Indian journal of veterinary science and animal husbandry - Volume 8,
Year: 1938
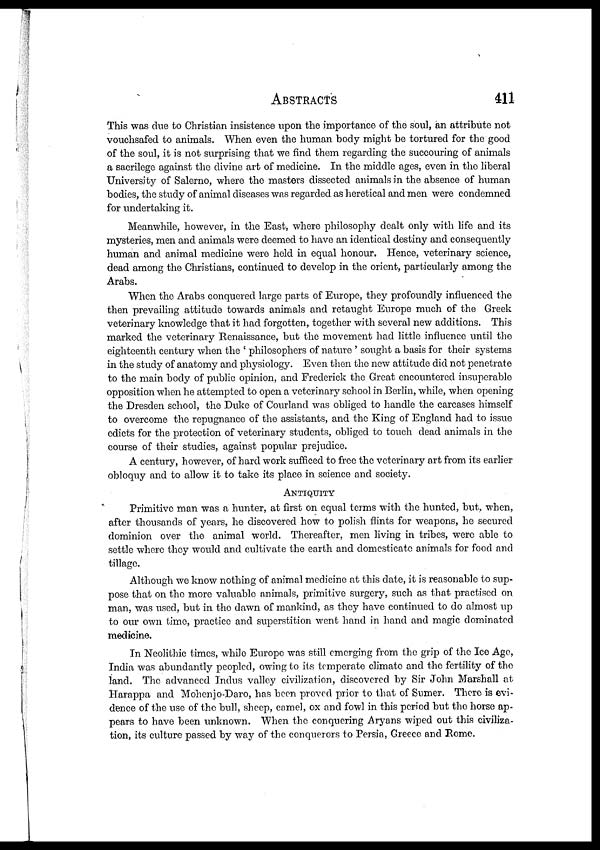
ABSTRACTS 411
This was due to Christian insistence upon the importance of the soul, an attribute not
vouchsafed to animals. When even the human body might be tortured for the good
of the soul, it is not surprising that we find them regarding the succouring of animals
a sacrilege against the divine art of medicine. In the middle ages, even in the liberal
University of Salerno, where the masters dissected animals in the absence of human
bodies, the study of animal diseases was regarded as heretical and men were condemned
for undertaking it.
Meanwhile, however, in the East, where philosophy dealt only with life and its
mysteries, men and animals were deemed to have an identical destiny and consequently
human and animal medicine were held in equal honour. Hence, veterinary science,
dead among the Christians, continued to develop in the orient, particularly among the
Arabs.
When the Arabs conquered large parts of Europe, they profoundly influenced the
then prevailing attitude towards animals and retaught Europe much of the Greek
veterinary knowledge that it had forgotten, together with several new additions. This
marked the veterinary Renaissance, but the movement had little influence until the
eighteenth century when the ' philosophers of nature ' sought a basis for their systems
in the study of anatomy and physiology. Even then the new attitude did not penetrate
to the main body of public opinion, and Frederick the Great encountered insuperable
opposition when he attempted to open a veterinary school in Berlin, while, when opening
the Dresden school, the Duke of Courland was obliged to handle the carcases himself
to overcome the repugnance of the assistants, and the King of England had to issue
edicts for the protection of veterinary students, obliged to touch dead animals in the
course of their studies, against popular prejudice.
A century, however, of hard work sufficed to free the veterinary art from its earlier
obloquy and to allow it to take its place in science and society.
ANTIQUITY
Primitive man was a hunter, at first on equal terms with the hunted, but, when,
after thousands of years, he discovered how to polish flints for weapons, he secured
dominion over the animal world. Thereafter, men living in tribes, were able to
settle where they would and cultivate the earth and domesticate animals for food and
tillage.
Although we know nothing of animal medicine at this date, it is reasonable to sup-
pose that on the more valuable animals, primitive surgery, such as that practised on
man, was used, but in the dawn of mankind, as they have continued to do almost up
to our own time, practice and superstition went hand in hand and magic dominated
medicine.
In Neolithic times, while Europe was still emerging from the grip of the Ice Age,
India was abundantly peopled, owing to its temperate climate and the fertility of the
land. The advanced Indus valley civilization, discovered by Sir John Marshall at
Harappa and Mohenjo-Daro, has been proved prior to that of Sumer. There is evi-
dence of the use of the bull, sheep, camel, ox and fowl in this period but the horse ap-
pears to have been unknown. When the conquering Aryans wiped out this civiliza-
tion, its culture passed by way of the conquerors to Persia, Greece and Rome.